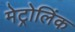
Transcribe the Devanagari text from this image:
मेट्रोलिंक